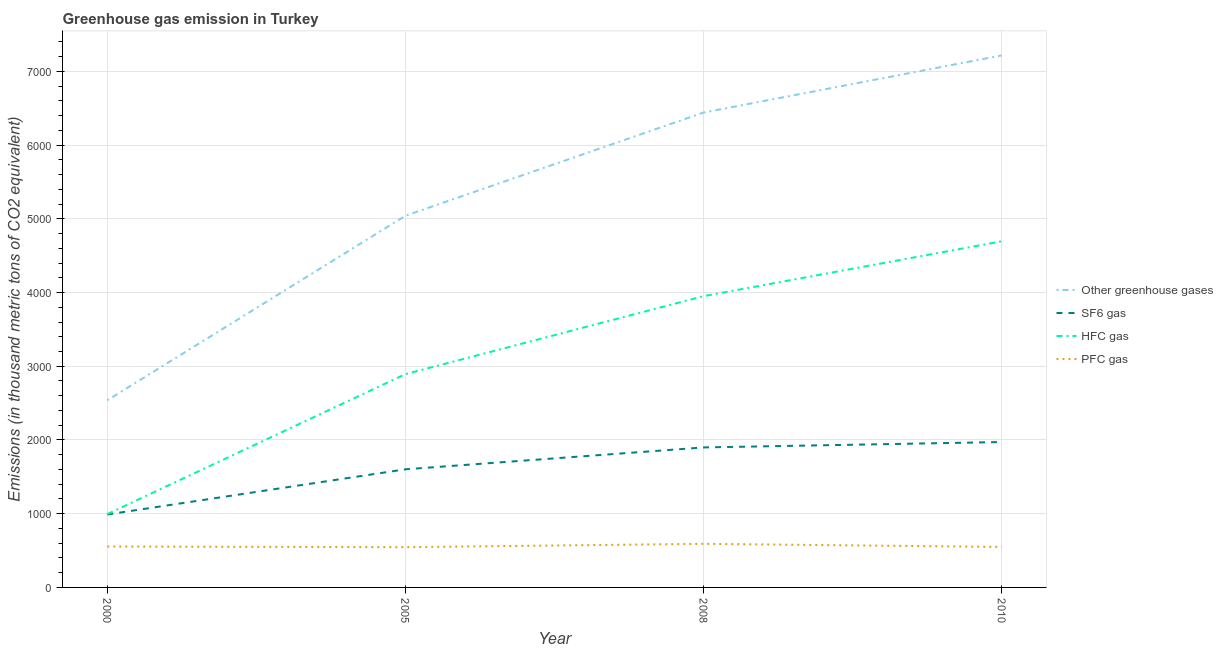
| Year | Other greenhouse gases | SF6 gas | HFC gas | PFC gas |
 | --- | --- | --- | --- | --- |
 | 2000 | 2.54e+03 | 989 | 994 | 555 |
 | 2005 | 5.04e+03 | 1.6e+03 | 2.89e+03 | 546 |
 | 2008 | 6.44e+03 | 1.9e+03 | 3.95e+03 | 591 |
 | 2010 | 7.22e+03 | 1.97e+03 | 4.7e+03 | 549 |